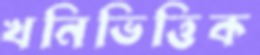
খনিভিত্তিক